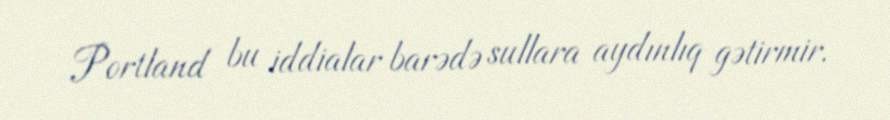
Portland bu iddialar barədə sullara aydınlıq gətirmir.